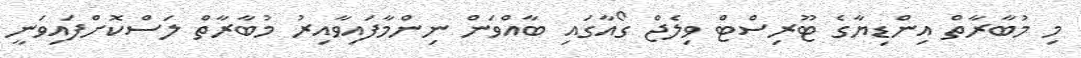
މި މުބާރާތް އިންޑިޔާގެ ޓޫރިސްޓް ވިލެޖް ގޯއާގައި ބާއްވަން ނިންމާފައިވާއިރު މުބާރާތް ލަސްކޮށްފައިވަނީ